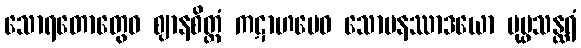
သောရတောတွေဝ ဈာနစိတ္တံ ကဋာဟမေဝ သောမနဿာဒယော ပုပ္ဖသန္ထရံ